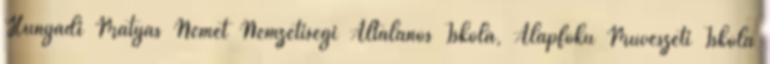
Hunyadi Mátyás Német Nemzetiségi Általános Iskola, Alapfokú Művészeti Iskola